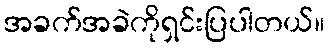
အခက်အခဲကိုရှင်းပြပါတယ်။